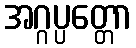
အဂ္ဂပ္ပတ္တော